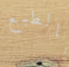
بالطبع